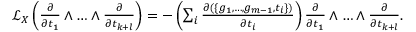
\begin{array} { r } { \mathcal { L } _ { X } \left( \frac { \partial } { \partial t _ { 1 } } \land \dotsc \land \frac { \partial } { \partial t _ { k + l } } \right) = - \left( \sum _ { i } \frac { \partial ( \{ g _ { 1 } , \dotsc , g _ { m - 1 } , t _ { i } \} ) } { \partial t _ { i } } \right) \frac { \partial } { \partial t _ { 1 } } \land \dotsc \land \frac { \partial } { \partial t _ { k + l } } . } \end{array}